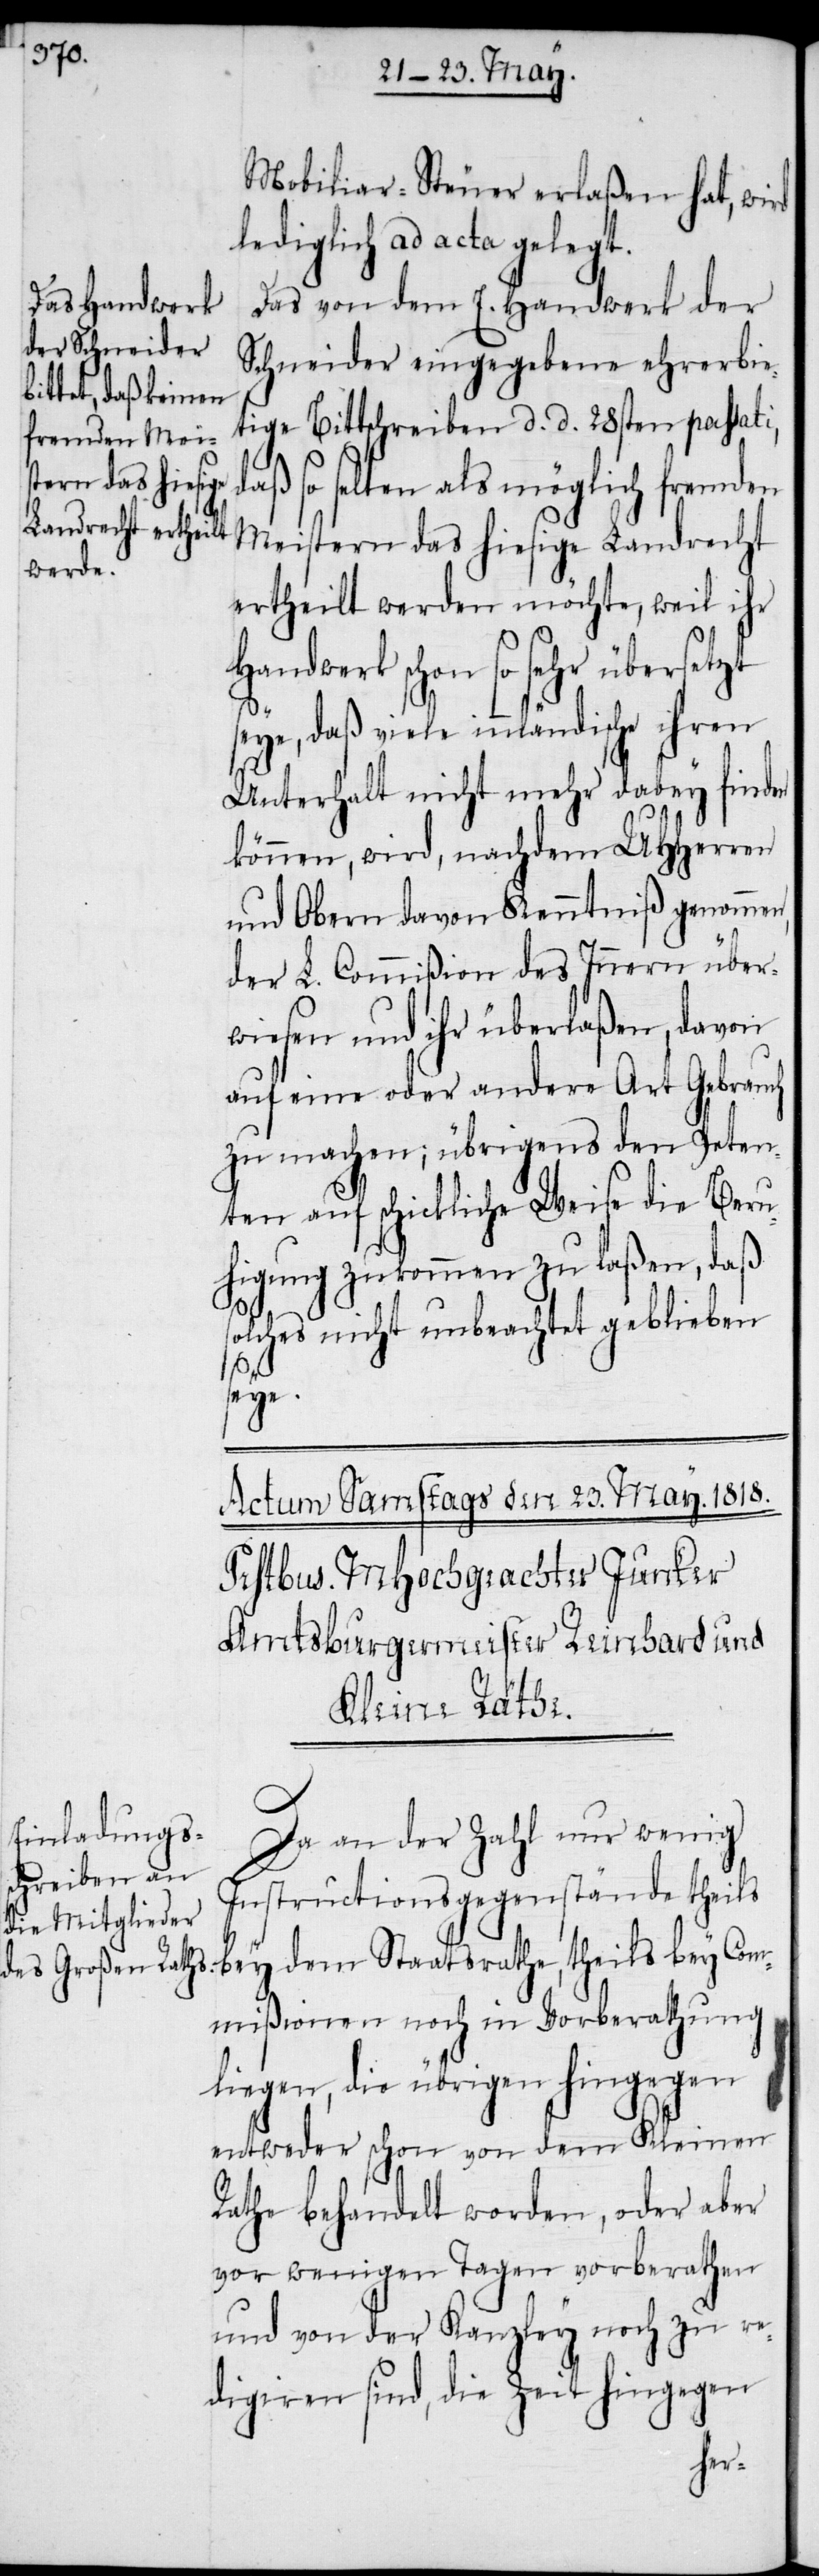
Mobiliar-Steuer erlaßen hat, wird
lediglich ad acta gelegt.
Das von dem E. Handwerk der
Schneider eingegebene ehrerbie¬
tige Bittschreiben d. d. 28sten passati,
daß so selten als möglich fremden
Meistern das hiesige Landrecht
ertheilt werden möchte, weil ihr
Handwerk schon so sehr übersetzt
seye, daß viele innländische ihren
Unterhalt nicht mehr dabey finden
können, wird, nachdem UHHerren
und Obern davon Kenntniß genommen,
der L. Commißion des Innern über¬
wiesen und ihr überlaßen, davon
auf eine oder andere Art Gebrauch
zu machen; übrigens den Peten¬
ten auf schickliche Weise die Beru¬
higung zukommen zu laßen, daß
solches nicht unbeachtet geblieben
seye.
Da an der Zahl nur wenig
Instructionsgegenstände theils
bey dem Staatsrathe, theils bey Com¬
mißionen noch in Vorberathung
liegen, die übrigen hingegen
entweder schon von dem Kleinen
Rathe behandelt worden, oder aber
vor wenigen Tagen vorberathen
und von der Kanzley noch zu re¬
digiren sind, die Zeit hingegen